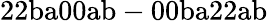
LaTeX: \mathrm{22ba00ab-00ba22ab}